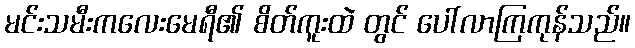
မင်းသမီးကလေးမေရီ၏ စိတ်ကူးထဲ တွင် ပေါ်လာကြကုန်သည်။